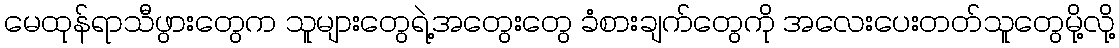
မေထုန်ရာသီဖွားတွေက သူများတွေရဲ့အတွေးတွေ ခံစားချက်တွေကို အလေးပေးတတ်သူတွေမို့လို့